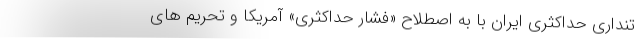
تنداری حداکثری ایران با به اصطلاح «فشار حداکثری» آمریکا و تحریم های